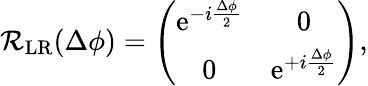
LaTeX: \begin{array}{r}{\mathcal{R}_{\mathrm{LR}}(\Delta\phi)=\left(\begin{array}{cc}{\mathrm{e}^{-i\frac{\Delta\phi}{2}}}&{0}\\ {0}&{\mathrm{e}^{+i\frac{\Delta\phi}{2}}}\end{array}\right),}\end{array}